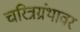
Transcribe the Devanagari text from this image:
चरित्रग्रंथावर